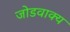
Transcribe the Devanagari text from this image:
जोडवाक्य